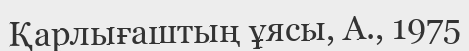
Қарлығаштың ұясы, А., 1975